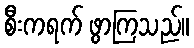
စီးကရက် ဖွာကြသည်။